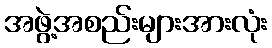
အဖွဲ့အစည်းများအားလုံး